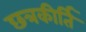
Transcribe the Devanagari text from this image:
छत्रकीर्ति